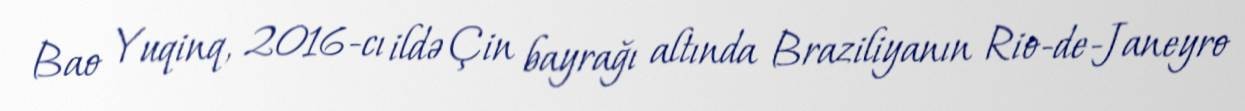
Bao Yuqinq, 2016-cı ildə Çin bayrağı altında Braziliyanın Rio-de-Janeyro